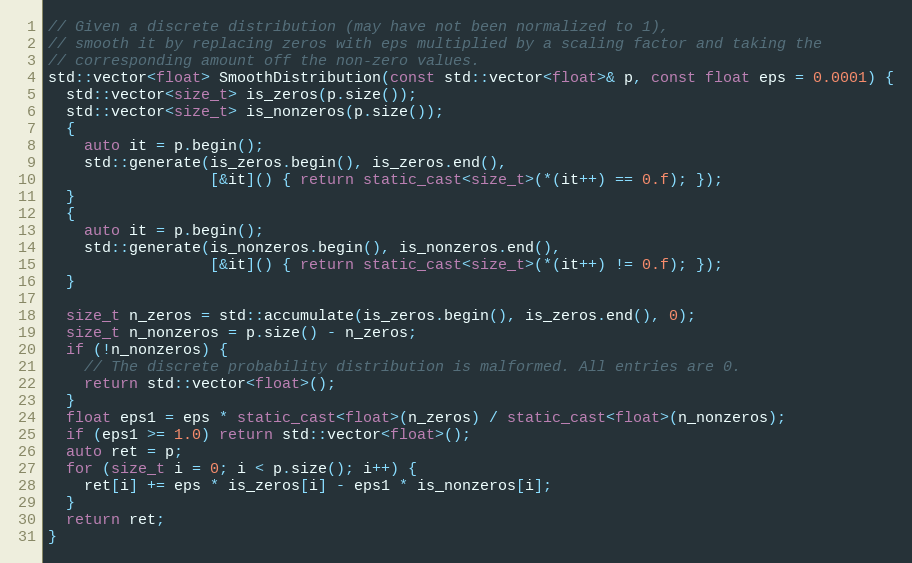
Language: C++
// Given a discrete distribution (may have not been normalized to 1),
// smooth it by replacing zeros with eps multiplied by a scaling factor and taking the
// corresponding amount off the non-zero values.
std::vector<float> SmoothDistribution(const std::vector<float>& p, const float eps = 0.0001) {
  std::vector<size_t> is_zeros(p.size());
  std::vector<size_t> is_nonzeros(p.size());
  {
    auto it = p.begin();
    std::generate(is_zeros.begin(), is_zeros.end(),
                  [&it]() { return static_cast<size_t>(*(it++) == 0.f); });
  }
  {
    auto it = p.begin();
    std::generate(is_nonzeros.begin(), is_nonzeros.end(),
                  [&it]() { return static_cast<size_t>(*(it++) != 0.f); });
  }

  size_t n_zeros = std::accumulate(is_zeros.begin(), is_zeros.end(), 0);
  size_t n_nonzeros = p.size() - n_zeros;
  if (!n_nonzeros) {
    // The discrete probability distribution is malformed. All entries are 0.
    return std::vector<float>();
  }
  float eps1 = eps * static_cast<float>(n_zeros) / static_cast<float>(n_nonzeros);
  if (eps1 >= 1.0) return std::vector<float>();
  auto ret = p;
  for (size_t i = 0; i < p.size(); i++) {
    ret[i] += eps * is_zeros[i] - eps1 * is_nonzeros[i];
  }
  return ret;
}